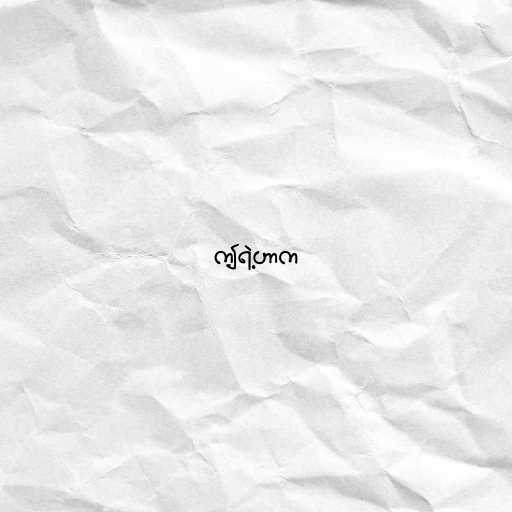
ဤရဲ့ဟာက